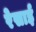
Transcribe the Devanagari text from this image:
रेसाई